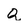
Character: Q